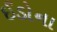
ઈડોના